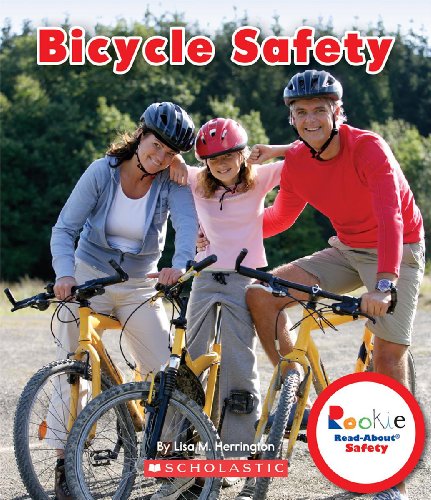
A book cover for Bicycle Safety (Rookie Read-About Safety); Lisa M. Herrington; Children's Books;